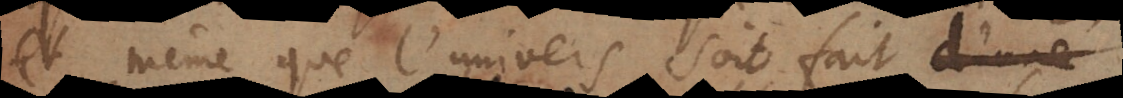
et même que l’univers soit fait d’une